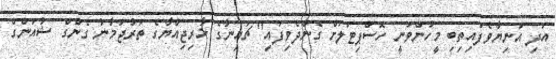
އަދި އަނިޔާވެފައިތިބި މީހުންވަނީ ހޮސްޕިޓަލަށް ގެންދެވިފައި" ޗައިނާގެ ޚާރިޖިއްޔާގެ ތަރުޖަމާނު ގެންގް ޝުއަންގް